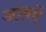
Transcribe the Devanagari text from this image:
अरबमें